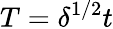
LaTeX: T=\delta^{1/2}t